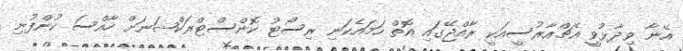
އޭނާ ވިދާޅުވީ އެޗްއާރުސީއަކީ ރާއްޖޭގައި އޮތް ހަމައެކަނި ރިސޯޓު ކޮންސްޓްރަކްޝަނަށް ހާއްސަ ކުންފުނި